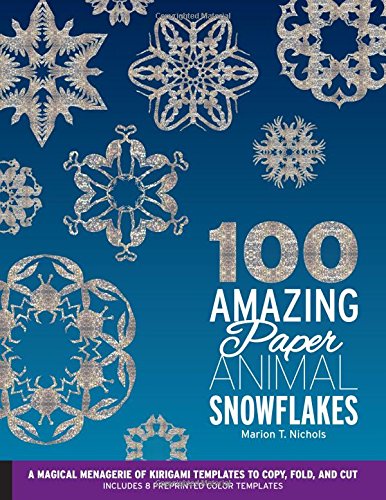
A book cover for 100 Amazing Paper Animal Snowflakes: A Magical Menagerie of Kirigami Templates to Copy, Fold, and Cut--Includes 8 Preprinted Color Templates; Marion T. Nichols; Crafts, Hobbies & Home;